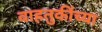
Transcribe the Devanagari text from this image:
वाहतुकींच्या